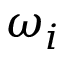
\omega _ { i }